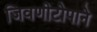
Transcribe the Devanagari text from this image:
जिवणीटोपाने